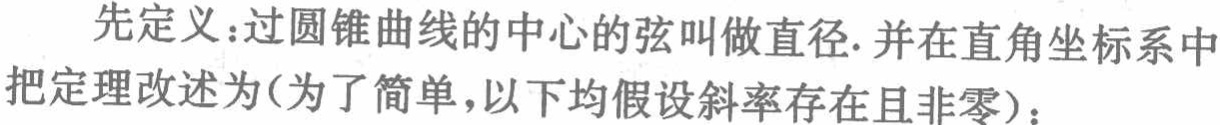
先定义：过圆锥曲线的中心的弦叫做直径. 并在直角坐标系中把定理改述为(为了简单,以下均假设斜率存在且非零)：